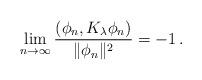
LaTeX: \begin{align*} \lim_{n \to \infty} \frac{(\phi_n,K_{\lambda} \phi_n)}{\|\phi_n\|^2} = - 1 \,.\end{align*}